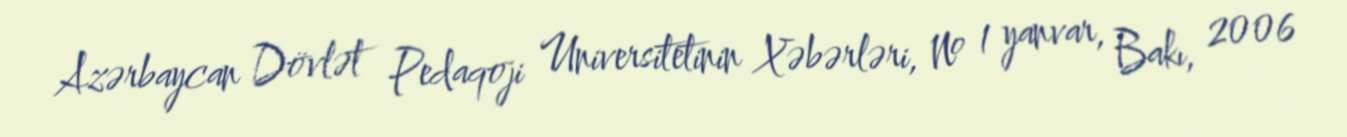
Azərbaycan Dövlət Pedaqoji Universitetinin Xəbərləri, № 1 yanvar, Bakı, 2006